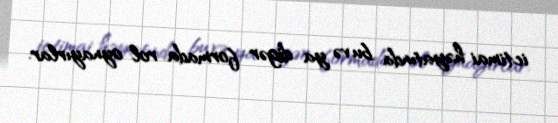
ictimai həyatında bu və ya digər formada rol oynayırlar.